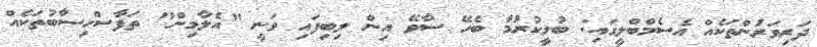
ދަރިވަރުންތަކެއް އެސެމްބްލީގައި: ބުލީކުރުމާ ބެހޭ ސާވޭ އިން ލިބިފައި ވަނީ "އެލާމިން" ތަފާސްހިސާބުތަކެއް